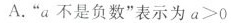
A."a不是负数"表示为a>0